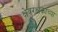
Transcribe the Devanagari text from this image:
क्षेत्ररक्षकाच्या